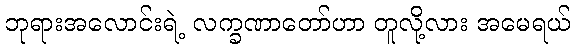
ဘုရားအလောင်းရဲ့ လက္ခဏာတော်ဟာ တူလို့လား အမေရယ်